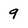
Character: 9